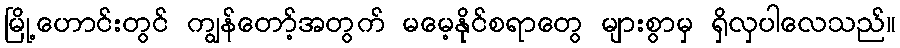
မြို့ဟောင်းတွင် ကျွန်တော့်အတွက် မမေ့နိုင်စရာတွေ များစွာမှ ရှိလှပါလေသည်။